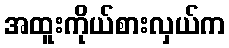
အထူးကိုယ်စားလှယ်က